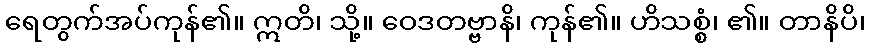
ရေတွက်အပ်ကုန်၏။ ဣတိ၊ သို့။ ဝေဒတဗ္ဗာနိ၊ ကုန်၏။ ဟိသစ္စံ၊ ၏။ တာနိပိ၊